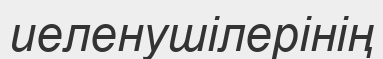
иеленушілерінің